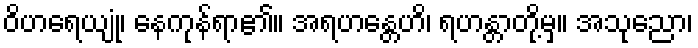
ဝိဟရေယျုံ၊ နေကုန်ရာ၏။ အရဟန္တေဟိ၊ ရဟန္တာတို့မှ။ အသုညော၊